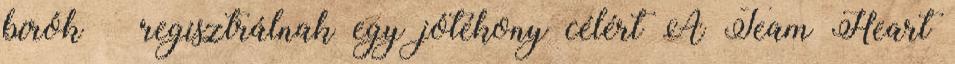
bírók – regisztrálnak egy jótékony célért A Team Heart